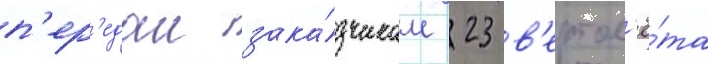
п'ер'едал зака́зчикам 23 в'ертол'ё́та